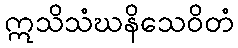
ဣသိသံဃနိသေဝိတံ